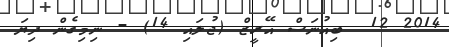
2014 12  ބިއުނަސް އޭރީޒް (ޖުލައި 14) - ނިމިގެން ދިޔަ